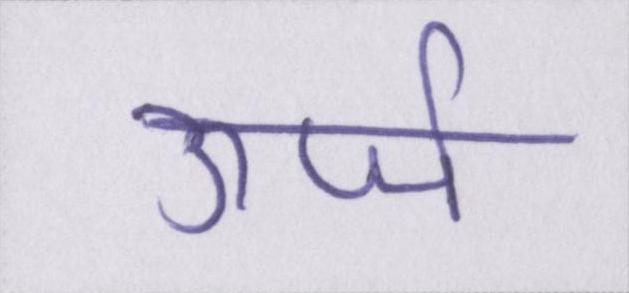
ऊर्जा